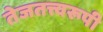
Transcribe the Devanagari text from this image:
तेजतत्त्वरूपी